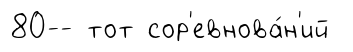
80-- тот сор'евнова́н'ий